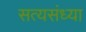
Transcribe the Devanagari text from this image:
सत्यसंध्या